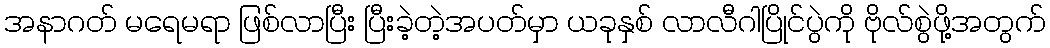
အနာဂတ် မရေမရာ ဖြစ်လာပြီး ပြီးခဲ့တဲ့အပတ်မှာ ယခုနှစ် လာလီဂါပြိုင်ပွဲကို ဗိုလ်စွဲဖို့အတွက်